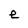
Character: e